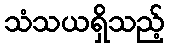
သံသယရှိသည့်